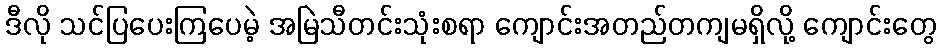
ဒီလို သင်ပြပေးကြပေမဲ့ အမြဲသီတင်းသုံးစရာ ကျောင်းအတည်တကျမရှိလို့ ကျောင်းတွေ